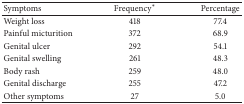
<table><thead><tr><td><b>Symptoms</b></td><td><b>Frequency<sup><i>∗</i></sup></b></td><td><b>Percentage</b></td></tr></thead><tbody><tr><td>Weight loss</td><td>418</td><td>77.4</td></tr><tr><td>Painful micturition</td><td>372</td><td>68.9</td></tr><tr><td>Genital ulcer</td><td>292</td><td>54.1</td></tr><tr><td>Genital swelling</td><td>261</td><td>48.3</td></tr><tr><td>Body rash</td><td>259</td><td>48.0</td></tr><tr><td>Genital discharge</td><td>255</td><td>47.2</td></tr><tr><td>Other symptoms</td><td>27</td><td>5.0</td></tr></tbody></table>